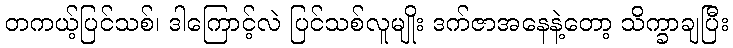
တကယ့်ပြင်သစ်၊ ဒါကြောင့်လဲ ပြင်သစ်လူမျိုး ဒက်ဇာအနေနဲ့တော့ သိက္ခာချပြီး